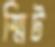
স্মিট